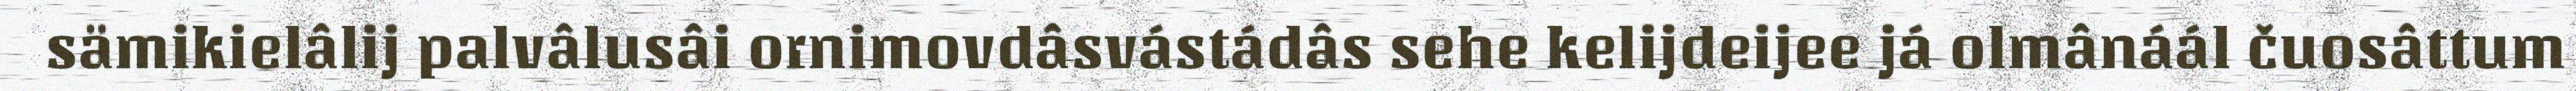
sämikielâlij palvâlusâi ornimovdâsvástádâs sehe kelijdeijee já olmânáál čuosâttum